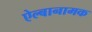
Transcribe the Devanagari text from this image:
ऐल्बानामक